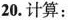
20.计算：